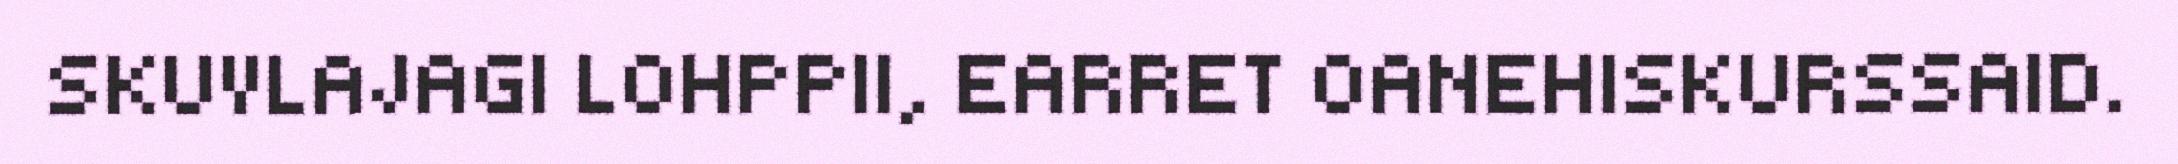
SKUVLAJAGI LOHPPII, EARRET OANEHISKURSSAID.